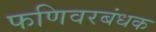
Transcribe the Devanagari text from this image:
फणिवरबंधक